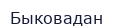
Быковадан